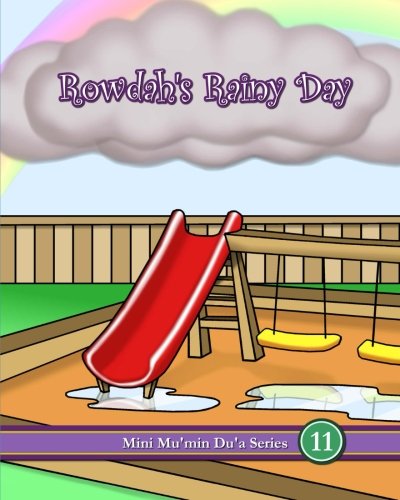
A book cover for Rowdah's Rainy Day (Mini Mu'min Du'a Series); Mini Mu'min Publications; Religion & Spirituality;